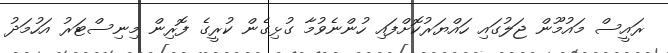
ރައީސް މައުމޫން ޖަލުގައި ހައްޔަރުކޮށްފައި ހުންނެވުމާ ގުޅިގެން ކުރީގެ ފޮރިން މިނިސްޓަރު އަހުމަދު